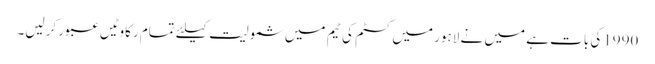
1990کی بات ہے میں نے لاہور میں کسٹم کی ٹیم میں شمولیت کیلئے تمام رکاوٹیں عبور کرلیں۔